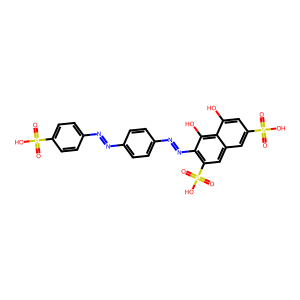
SMILES: O=S(=O)(O)c1ccc(N=Nc2ccc(N=Nc3c(S(=O)(=O)O)cc4cc(S(=O)(=O)O)cc(O)c4c3O)cc2)cc1
Inhibits HIV replication: No